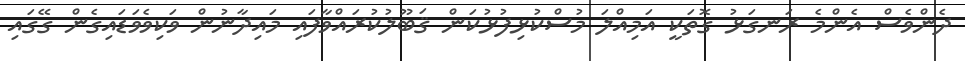
ދެންވެސް އެންމެ ރަނގަޅު ގޮތަކީ އަމިއްލަ މުސްކުޅިފުޅުކަން ޤަބޫލުކުރައްވާފައި މައިދާނުން ވަކިވެވަޑައިގެން ގޭގައި